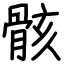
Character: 骸